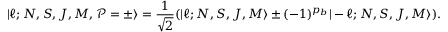
| \ell ; N , S , J , M , \mathcal { P } = \pm \rangle = \frac { 1 } { \sqrt { 2 } } ( | \ell ; N , S , J , M \rangle \pm ( - 1 ) ^ { p _ { b } } | - \ell ; N , S , J , M \rangle ) .